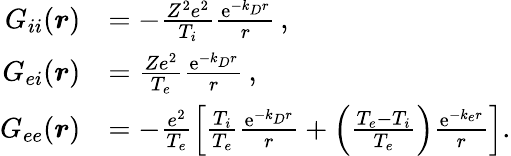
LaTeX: \begin{array}{rl}{G_{ii}(\boldsymbol{r})}&{=-\frac{Z^{2}e^{2}}{T_{i}}\frac{\mathrm{e}^{-k_{D}r}}{r}\, ,}\\ {G_{ei}(\boldsymbol{r})}&{=\frac{Ze^{2}}{T_{e}}\frac{\mathrm{e}^{-k_{D}r}}{r}\, ,}\\ {G_{ee}(\boldsymbol{r})}&{=-\frac{e^{2}}{T_{e}}\left[\frac{T_{i}}{T_{e}}\frac{\mathrm{e}^{-k_{D}r}}{r}+\left(\frac{T_{e}-T_{i}}{T_{e}}\right)\frac{\mathrm{e}^{-k_{e}r}}{r}\right].}\end{array}